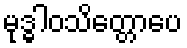
မုဒ္ဓါဝသိတ္တောပေ